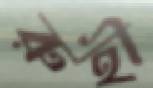
রুহী